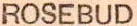
ROSEBUD